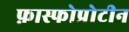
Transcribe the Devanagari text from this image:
फ़ास्फोप्रोटीन